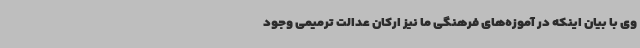
وی با بیان اینکه در آموزه‌های فرهنگی ما نیز ارکان عدالت ترمیمی وجود